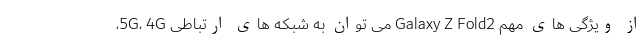
از ویژگی های مهم Galaxy Z Fold2 می توان به شبکه های ارتباطی 5G، 4G،